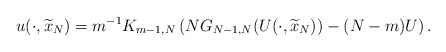
\begin{align*}u(\cdot ,\widetilde{x}_{N})=m^{-1}K_{m-1,N}\left( NG_{N-1,N}(U(\cdot ,\widetilde{x}_{N}))-(N-m)U\right) . \end{align*}